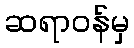
ဆရာဝန်မှ